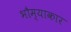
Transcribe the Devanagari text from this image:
भौम्याकार